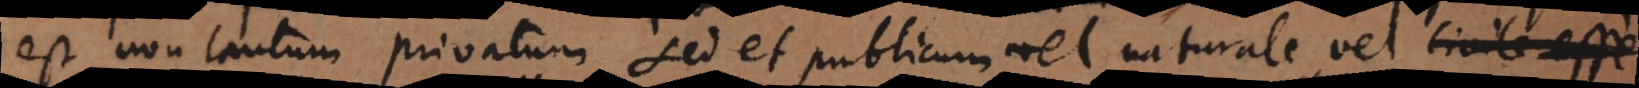
est non tantum privatum sed et publicum vel naturale vel civile